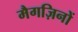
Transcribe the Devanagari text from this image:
मैगज़िनों